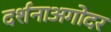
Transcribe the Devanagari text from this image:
दर्शनाअगोदर